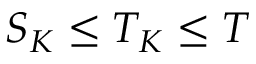
S _ { K } \leq T _ { K } \leq T